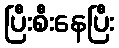
ပြီးစီးနေပြီး